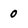
Character: 0